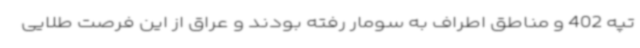
تپه 402 و مناطق اطراف به سومار رفته بودند و عراق از این فرصت طلایی